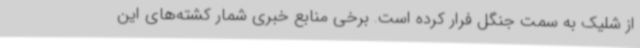
از شلیک به سمت جنگل فرار کرده است. برخی منابع خبری شمار کشته‌های این